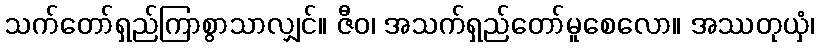
သက်တော်ရှည်ကြာစွာသာလျှင်။ ဇီဝ၊ အသက်ရှည်တော်မူစေလော။ အဿတုယှံ၊